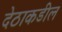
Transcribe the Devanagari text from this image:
देठाकडील